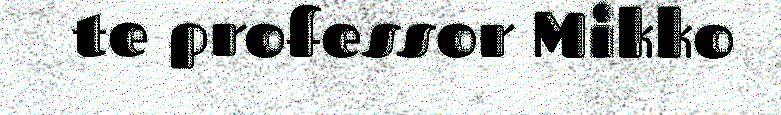
te professor Mikko